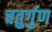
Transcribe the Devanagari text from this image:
चतुर्गुण